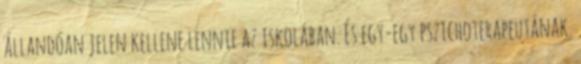
állandóan jelen kellene lennie az iskolában. És egy-egy pszichoterapeutának.